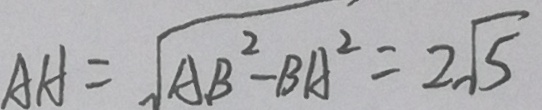
A H = \sqrt { A B ^ { 2 } - B A ^ { 2 } } = 2 \sqrt { 5 }